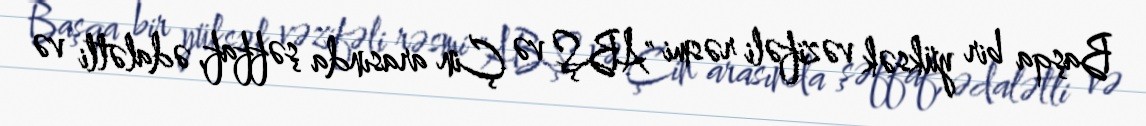
Başqa bir yüksək vəzifəli rəsmi "ABŞ və Çin arasında şəffaf, ədalətli və